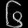
Digit: ၆